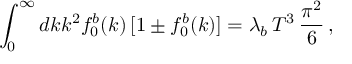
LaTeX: \int _ { 0 } ^ { \infty } d k k ^ { 2 } f _ { 0 } ^ { b } ( k ) \, [ 1 \pm f _ { 0 } ^ { b } ( k ) ] = \lambda _ { b } \, T ^ { 3 } \, \frac { \pi ^ { 2 } } { 6 } \, ,